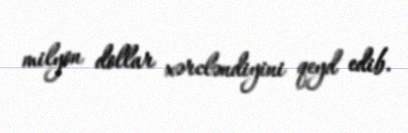
milyon dollar xərcləndiyini qeyd edib.